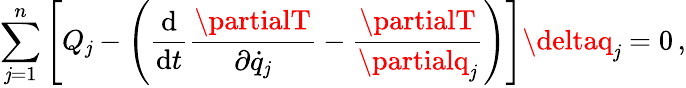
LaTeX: \sum_{\mathit{j}=1}^{n}\left[Q_{\mathit{j}}-\left({\frac{{\mathrm{{d}}}}{{\mathrm{{d}}t}}}{\frac{{\partialT}}{{\partial{\dot{{q}}}_{\mathit{j}}}}}-{\frac{{\partialT}}{{\partialq_{\mathit{j}}}}}\right)\right]\deltaq_{\mathit{j}}=0\, ,